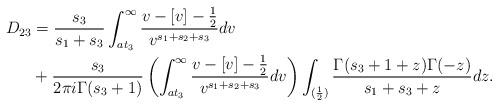
LaTeX: \begin{align*}D_{23} &= \frac{s_3}{s_1+s_3} \int_{at_3}^\infty \frac{v-[v]-\frac{1}{2}}{v^{s_1+s_2+s_3}} dv \\&+ \frac{s_3}{2 \pi i \Gamma(s_3+1)} \left( \int_{at_3}^\infty \frac{v-[v]-\frac{1}{2}}{v^{s_1+s_2+s_3}} dv \right) \int_{(\frac{1}{2})} \frac{\Gamma(s_3+1+z) \Gamma(-z)}{s_1+s_3+z} dz. \end{align*}